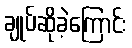
ချုပ်ဆိုခဲ့ကြောင်း